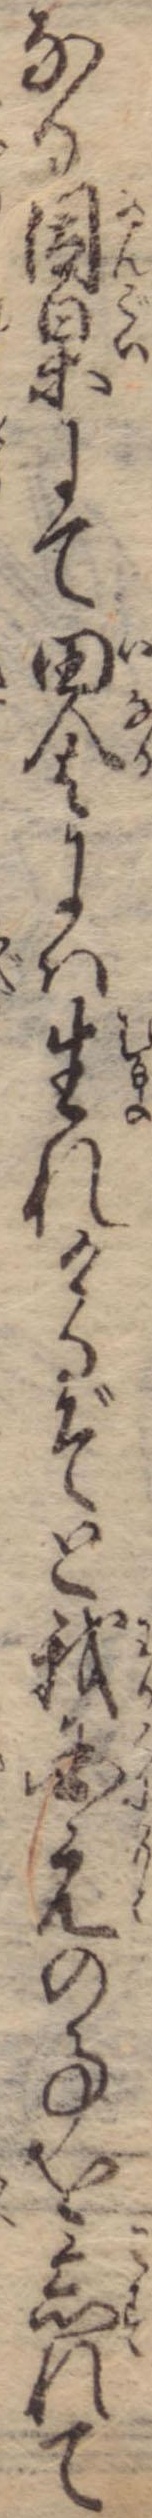
なる因果にて田舎には生れけるぞと我国元の事を忘れて